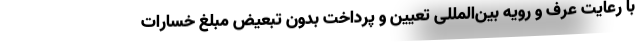
با رعایت عرف و رویه بین‌المللی تعیین و پرداخت بدون تبعیض مبلغ خسارات